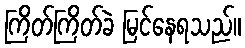
ကြိတ်ကြိတ်ခဲ မြင်နေရသည်။